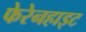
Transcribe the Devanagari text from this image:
फेरेनहाइट